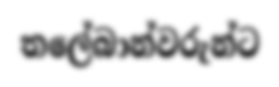
තලේබාන්වරුන්ට